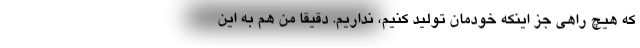
که هیچ راهی جز اینکه خودمان تولید کنیم، نداریم. دقیقا من هم به این